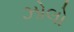
ઝોલો